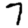
Digit: 7